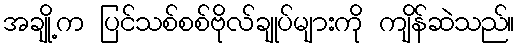
အချို့က ပြင်သစ်စစ်ဗိုလ်ချုပ်များကို ကျိန်ဆဲသည်။